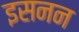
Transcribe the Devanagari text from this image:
इसनन